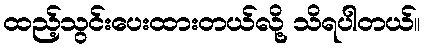
ထည့်သွင်းပေးထားတယ်လို့ သိရပါတယ်။